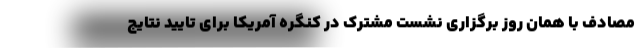
مصادف با همان روز برگزاری نشست مشترک در کنگره آمریکا برای تایید نتایج